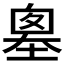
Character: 𡏙